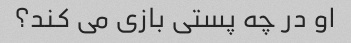
او در چه پستی بازی می کند؟